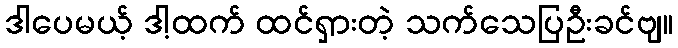
ဒါပေမယ့် ဒါ့ထက် ထင်ရှားတဲ့ သက်သေပြဦးခင်ဗျ။